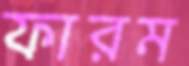
ফারম